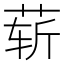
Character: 𰱑